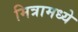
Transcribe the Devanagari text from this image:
मित्रामध्ये